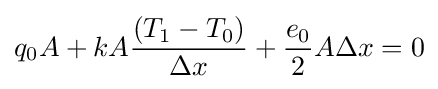
q_{0}A+kA{\frac {(T_{1}-T_{0})}{\Delta {x}}}+{\frac {e_{0}}{2}}A\Delta {x}=0